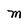
Character: M